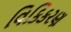
વિકિકરણ